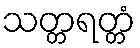
သတ္တရတ္တံ